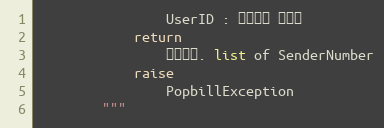
Language: Python
                UserID : 팝빌회원 아이디
            return
                처리결과. list of SenderNumber
            raise
                PopbillException
        """